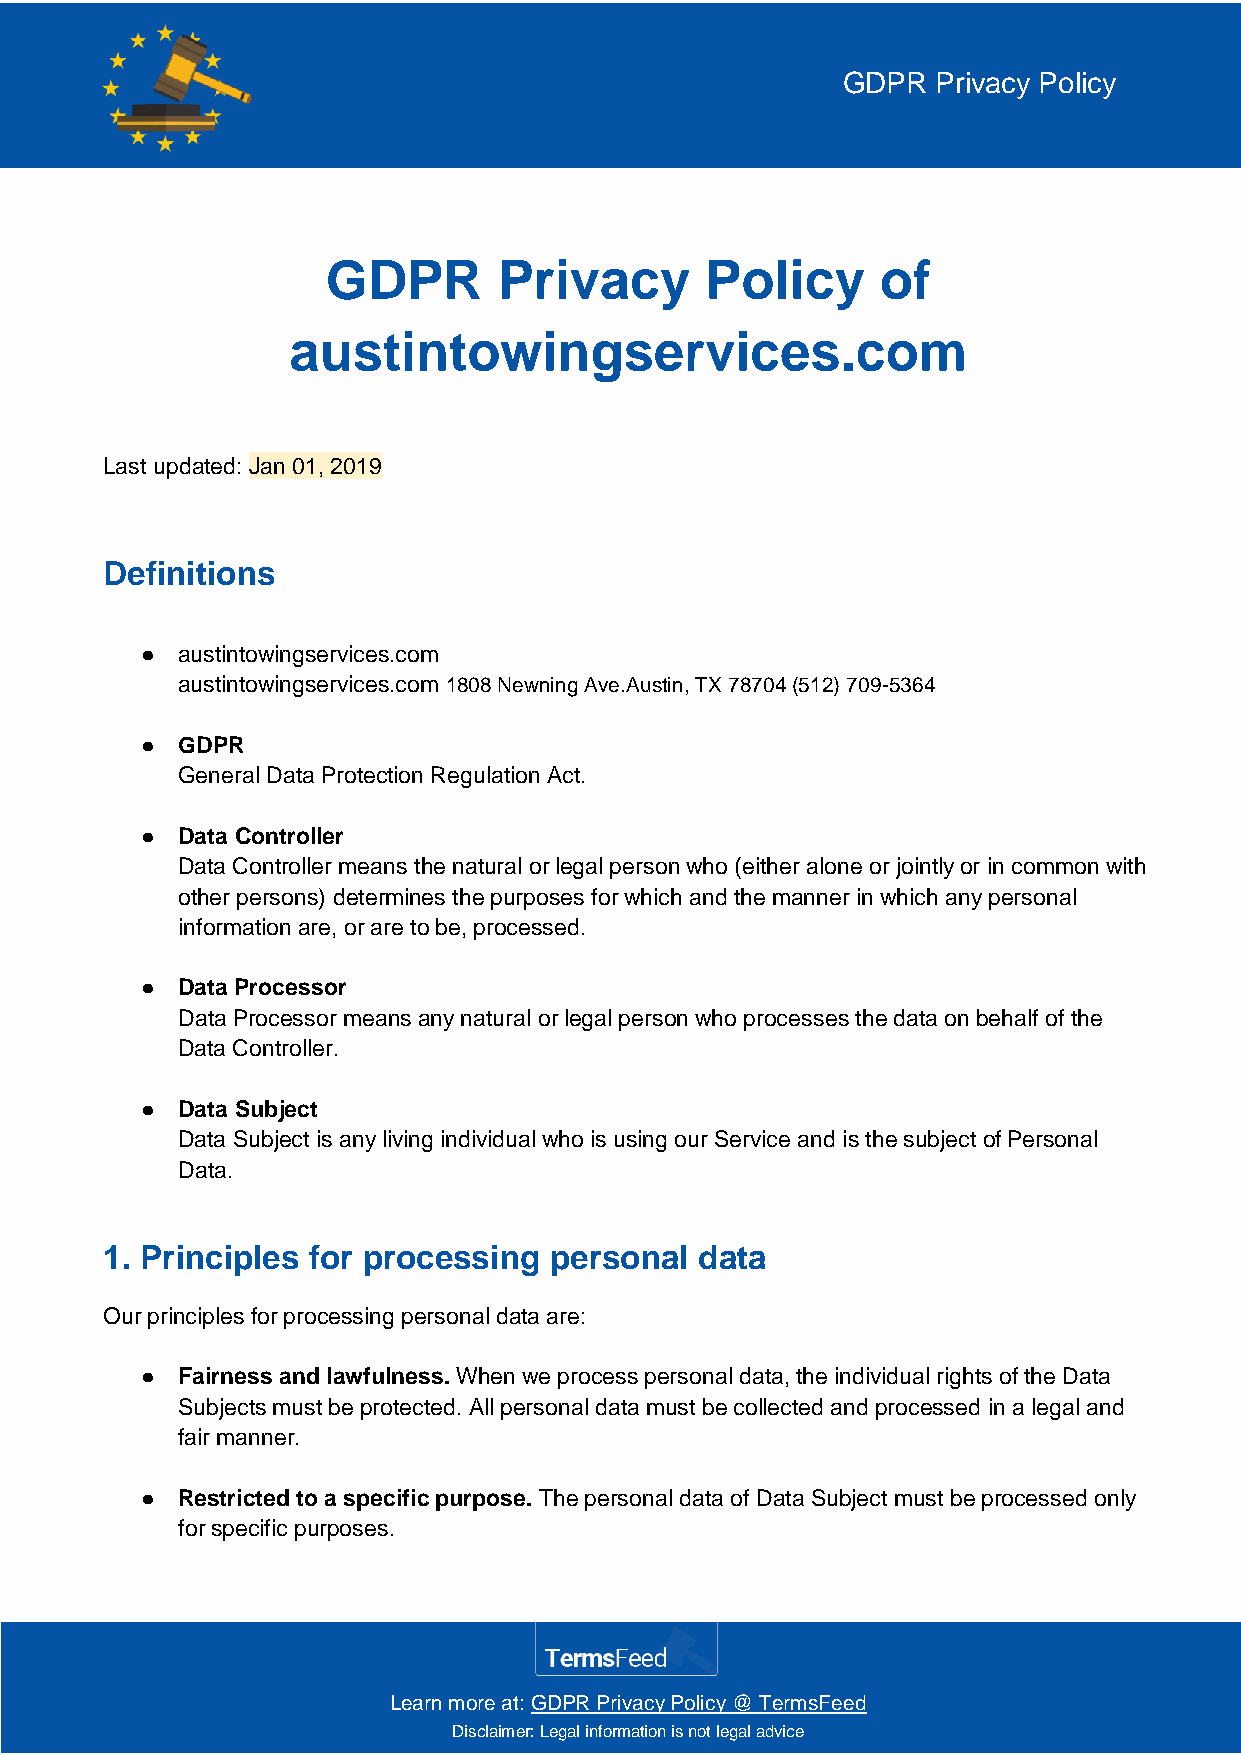
GDPR  Privacy Policy
 GDPR       Privacy       Policy     of
 austintowingservices.com
 Last updated: Jan 01, 2019
 Definitions
 ●  austintowingservices.com
 austintowingservices.com 1808 Newning Ave.Austin, TX 78704 (512) 709-5364
 ●  GDPR
 General Data Protection Regulation Act.
 ●  Data Controller
 Data Controller means the natural or legal person who (either alone or jointly or in common with
 other persons) determines the purposes for which and the manner in which any personal
 information are, or are to be, processed.
 ●  Data Processor
 Data Processor means any natural or legal person who processes the data on behalf of the
 Data Controller.
 ●  Data Subject
 Data Subject is any living individual who is using our Service and is the subject of Personal
 Data.
 1. Principles for processing personal  data
 Our principles for processing personal data are:
 ●  Fairness and lawfulness. When we process personal data, the individual rights of the Data
 Subjects must be protected. All personal data must be collected and processed in a legal and
 fair manner.
 ●  Restricted to a specific purpose. The personal data of Data Subject must be processed only
 for specific purposes.
 Learn more at: GDPR Privacy Policy @ TermsFeed
 Disclaimer: Legal information is not legal advice